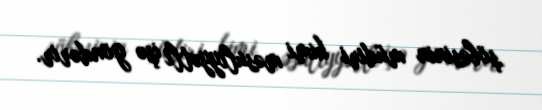
şöbəsinin müdiri kimi məsuliyyətli işə göndərir.